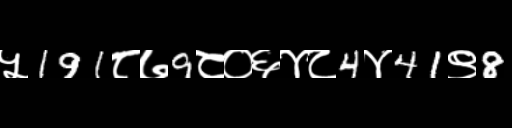
Text: ५191८७9८०६४८4४41९8